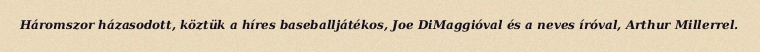
Háromszor házasodott, köztük a híres baseballjátékos, Joe DiMaggióval és a neves íróval, Arthur Millerrel.